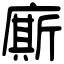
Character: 廝